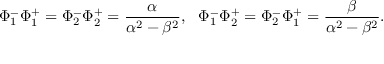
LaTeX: \Phi _ { 1 } ^ { - } \Phi _ { 1 } ^ { + } = \Phi _ { 2 } ^ { - } \Phi _ { 2 } ^ { + } = \frac { \alpha } { \alpha ^ { 2 } - \beta ^ { 2 } } , ~ ~ \Phi _ { 1 } ^ { - } \Phi _ { 2 } ^ { + } = \Phi _ { 2 } ^ { - } \Phi _ { 1 } ^ { + } = \frac { \beta } { \alpha ^ { 2 } - \beta ^ { 2 } } .